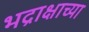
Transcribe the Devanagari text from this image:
भद्राक्षाच्या